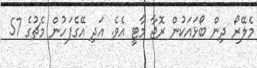
މެލޭރޯ ދިން ބޯޅައަކުން ރޮޖާ މާޓީ އެވެ. އަދި އޭގެފަހުން މެޗުގެ 57